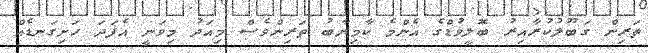
ތަރިން ގަބޫލުކުރާއިރު ބޮލީވުޑްގެ އެންމެ ކާމިޔާބު ތަރިންވެސް މިއަދު މިވަނީ އެފަދަ ހަށިގަނޑެއް